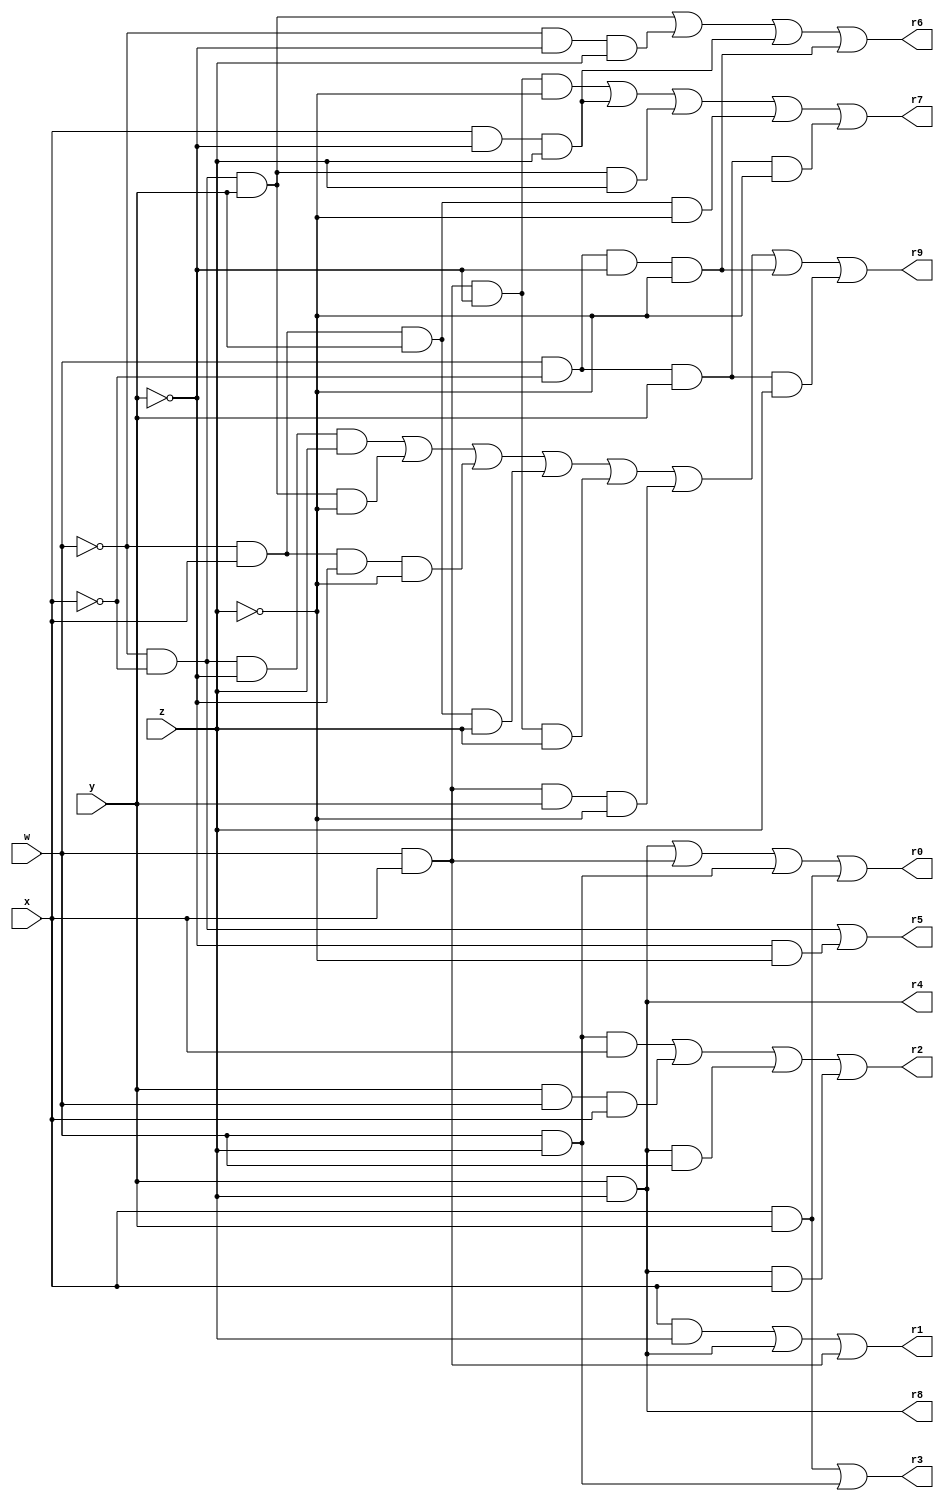
//Eddie Carrizales
//Evan Nibbe
//Srivatsan Srirangam
//This iVerilog code will display the following equations using a truth table.
//The iVerilog code can be modified and any other equations can be added to also be displayed.
//----------------------------------------------------------------------
module Breadboard	(w,x,y,z,r0,r1,r2,r3,r4,r5,r6,r7,r8,r9);	//Module Header
input w,x,y,z;                        					//Specify inputs
output r0,r1,r2,r3,r4,r5,r6,r7,r8,r9;                      	 	//Specify outputs
reg r0,r1,r2,r3,r4,r5,r6,r7,r8,r9;                         	  	//Output is a memory area.

always @ ( w,x,y,z,r0,r1,r2,r3,r4,r5,r6,r7,r8,r9) begin      		//Create a set of code that works line by line
                                      					// if the variables are used


//Equations:

//f0= yz+wx+wz+xy
	r0= (y & z) | (w & x) | (w & z) | (x & y);

//f1= xz+yz+wx
	r1= (x & z) | (y & z) | (w & x);

//f2= zwx + ywx + yzw +yzx                                         	//Comment for the formula
	r2= (z & w & x) | (y & w & x) | (y & z & w) | (y & z & x);              //Bitwise operation of the formula

//f3= yx + zw
	r3= (y & x) | (z & w);

//f4= yz
	r4= (y & z);

//f5= w'x'+y'z'
	r5=(!(w) & !(x)) | (!(y) & !(z));

//f6= w'x'y + w'y'z + xy'z + wx'y'z'
	r6= (!(w) & !(x) & y) | (!(w) & !(y) & z) | (x & !(y) & z) | (w & !(x) & !(y) & !(z));

//f7=wxy'z' + xy'z + w'x'yz +w'xyz' + wx'yz'
	r7= (w & x & !(y) & !(z)) | (x & !(y) & z) | (!(w) & !(x) & (y) & z) | ((!w) & (x) & (y) & !(z)) | ((w) & !(x) & (y) & !(z));

//f8= yz
	r8= y & z;
//	1	2	   3		4	5	6.   7		8
//f9= wxyz + wxyz + wxyz + wxyz + wxyz + wxyz + wxyz + wxyz;
	r9= ((!w) & !(x) & !(y) & (z)) | ((!w) & !(x) & (y) & !(z)) | ((!w) & (x) & !(y) & !(z)) | ((!w) & (x) & (y) & (z)) | ((w) & (x) & !(y) & (z)) | ((w) & (x) & (y) & !(z)) | ((w) & !(x) & !(y) & !(z)) | ((w) & !(x) & (y) & (z));
//		1				2			3				4			5			8

end                                   // Finish the Always block

endmodule                             //Module End

//----------------------------------------------------------------------

module testbench();

  //Registers act like local variables
  reg [4:0] i; //A loop control for 16 rows of a truth table.
  reg  w;//Value of 2^3
  reg  x;//Value of 2^2
  reg  y;//Value of 2^1
  reg  z;//Value of 2^0

  //A wire can hold the return of a function
  wire  f0,f1,f2,f3,f4,f5,f6,f7,f8,f9;

  //Modules can be either functions, or model chips.
  //They are instantiated like an object of a class,
  //with a constructor with parameters.  They are not invoked,
  //but operate like a thread.
  Breadboard zap(w,x,y,z,f0,f1,f2,f3,f4,f5,f6,f7,f8,f9);


  //Initial means "start," like a Main() function.
  //Begin denotes the start of a block of code.
  initial begin

  //$display acts like a classic C printf command.
  $display ("|##|W|X|Y|Z|F0|F1|F2|F3|F4|F5|F6|F7|F8|F9|");
  $display ("|==+=+=+=+=+==+==+==+==+==+==+==+==+==+==|");

    //A for loop, with register i being the loop control variable.
	for (i = 0; i < 16; i = i + 1)
	begin//Open the code blook of the for loop
		w=(i/8)%2;//High bit
		x=(i/4)%2;
		y=(i/2)%2;
		z=(i/1)%2;//Low bit

		//Oh, Dr. Becker, do you remember what belongs here?
		#60;

		$display ("|%2d|%1d|%1d|%1d|%1d| %1d| %1d| %1d| %1d| %1d| %1d| %1d| %1d| %1d| %1d|",i,w,x,y,z,f0,f1,f2,f3,f4,f5,f6,f7,f8,f9);
		if(i%4==3) //Every fourth row of the table, put in a marker for easier reading.
		 $display ("|--+-+-+-+-+-+-+-+-+-+-+-+-+-+-+-+-+-+-+-|");//Only one line, does not need a code block

	end//End of the for loop code block

	#10; //A time dealy of 10 time units. Hashtag Delay
	$finish;//A command, not unlike System.exit(0) in Java.
  end  //End the code block of the main (initial)

endmodule //Close the testbench module